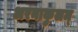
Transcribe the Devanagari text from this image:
अरनाकुलम्‌